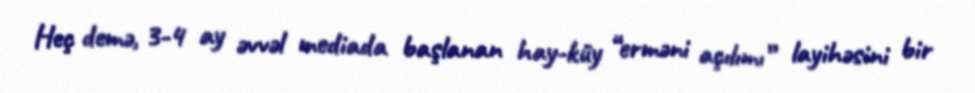
Heç demə, 3-4 ay əvvəl mediada başlanan hay-küy “erməni açılımı” layihəsini bir